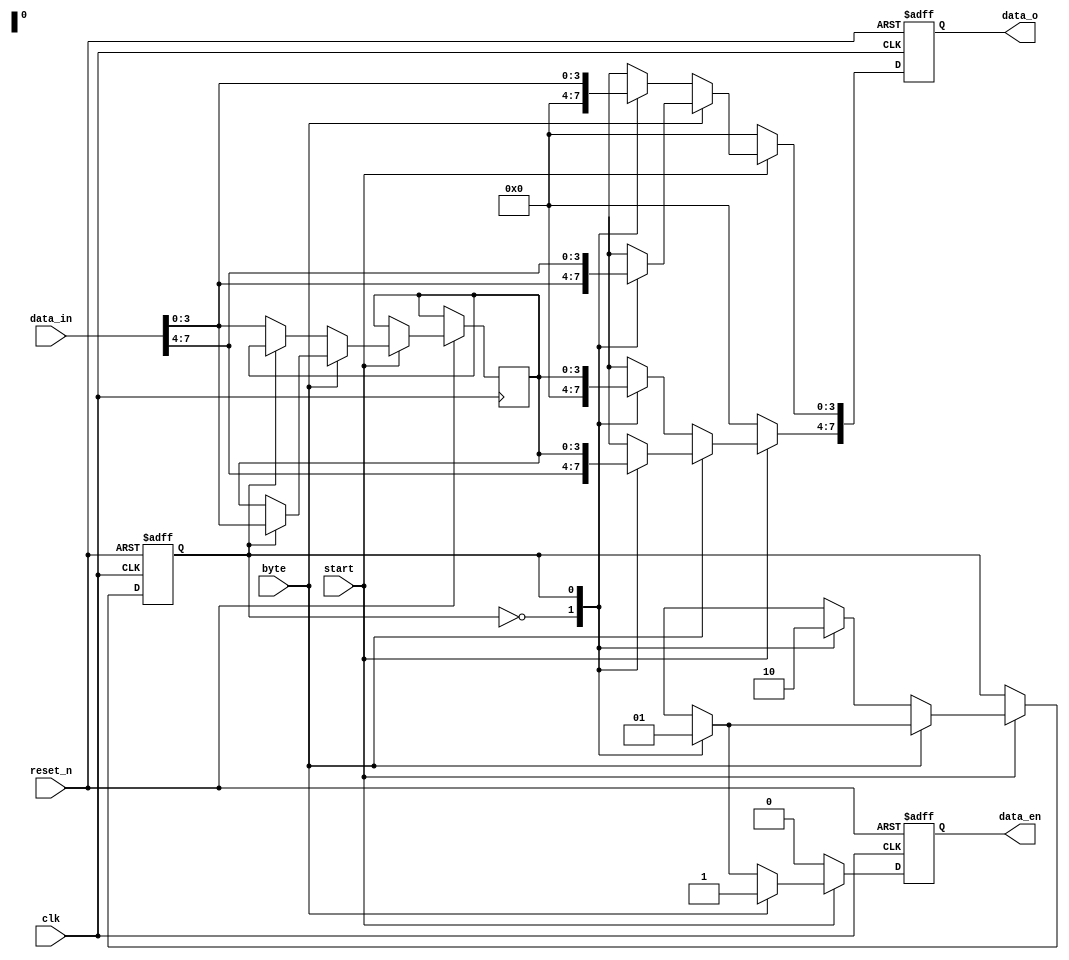
module data_trans(
     input wire reset_n, start, clk, byte,
     input wire [7 : 0] data_in,
     output wire [7 : 0] data_o, 
     output wire data_en
);
reg data_en_r;
reg [7 : 0] out;
reg [3:0] middle;
reg state;
parameter eight = 1'b0, four = 1'b1;
always @(posedge clk, negedge reset_n)begin
      if(!reset_n) begin 
		out <= 8'b0000_0000;
		data_en_r <= 0;
		state <= eight;
	        end		
      else begin
	if(start)begin
	 	if(byte)begin
			case(state)
				eight: begin
					out <= data_in;
					state <= eight;
					data_en_r <= 1;
					end
				four: begin  
					out[7:4] <= middle[3:0];
					out[3:0] <= data_in[7:4];
					middle[3:0] <= data_in[3:0];
					state <= four;
					data_en_r <= 1;
				      end
			  endcase
			end
		else begin
			case(state)
				eight: begin
					out <= 8'b00000000;
					middle[3:0] <= data_in[3:0];
					state <= four;
					data_en_r <= 0;
					end
				four: begin
					out[7:4] <= middle[3:0];
					out[3:0] <= data_in[3:0];
					state <= eight;
					data_en_r <= 1;
		                       end
			  endcase
		       end
		 end
	 else begin
		data_en_r <= 0;
		out <= 8'b0000_0000;
	     end
	end
       end
assign data_o = out;
assign data_en = data_en_r;
endmodule